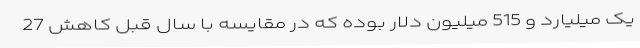
یک میلیارد و 515 میلیون دلار بوده که در مقایسه با سال قبل کاهش 27